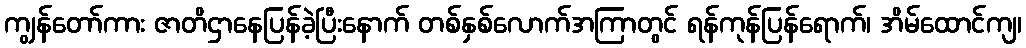
ကျွန်တော်ကား ဇာတိဌာနေပြန်ခဲ့ပြီးနောက် တစ်နှစ်လောက်အကြာတွင် ရန်ကုန်ပြန်ရောက်၊ အိမ်ထောင်ကျ၊